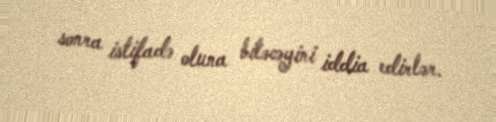
sonra istifadə oluna biləcəyini iddia edirlər.